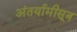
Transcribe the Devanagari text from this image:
अंतर्यामीसूत्र